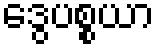
ဒွေပစ္စယာ